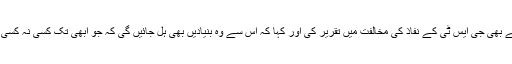
کمیونسٹ پارٹی کے لیڈر یسف تاریگامی نے بھی جی ایس ٹی کے نفاذ کی مخالفت میں تقریر کی اور کہا کہ اس سے وہ بنیادیں بھی ہل جائیں گی کہ جو ابھی تک کسی نہ کسی طرح اور کسی نہ کسی حد تک محفوظ ہیں۔